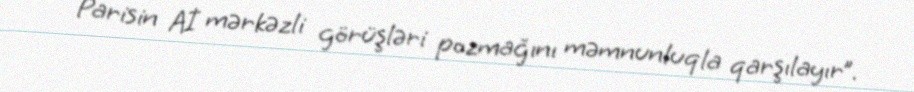
Parisin Aİ mərkəzli görüşləri pozmağını məmnunluqla qarşılayır”.